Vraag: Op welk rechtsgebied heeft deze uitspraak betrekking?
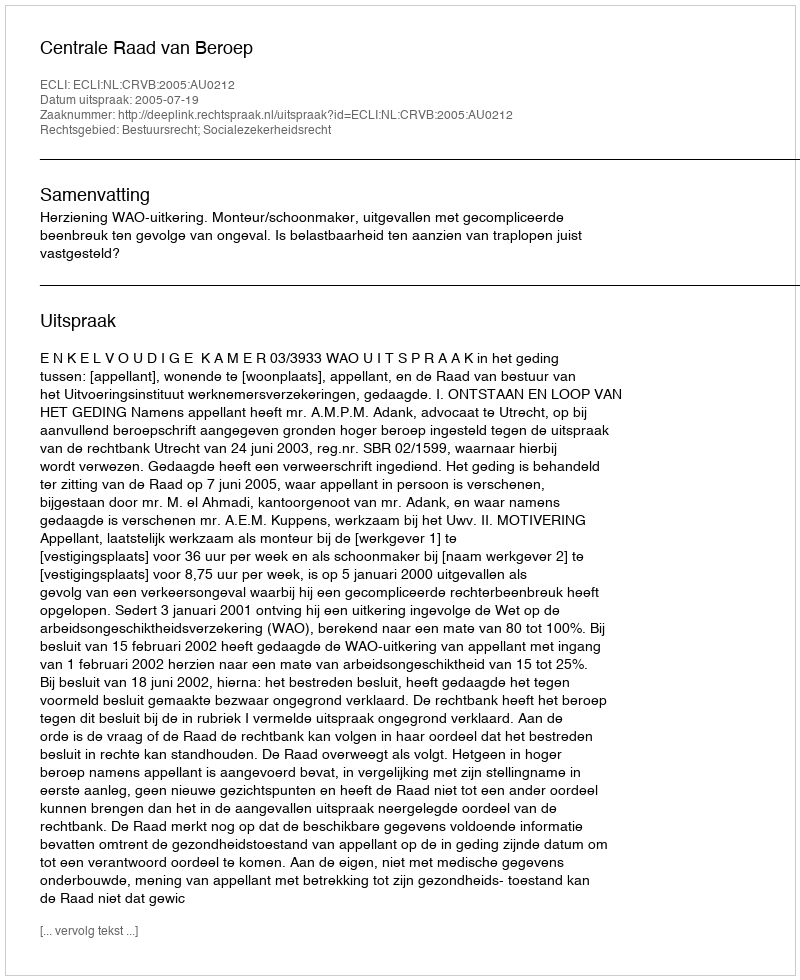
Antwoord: Bestuursrecht; Socialezekerheidsrecht